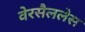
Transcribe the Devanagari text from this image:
वेरसैललेस